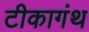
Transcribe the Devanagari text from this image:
टीकागंथ